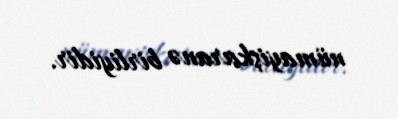
nümayişkaranə birliyidir.